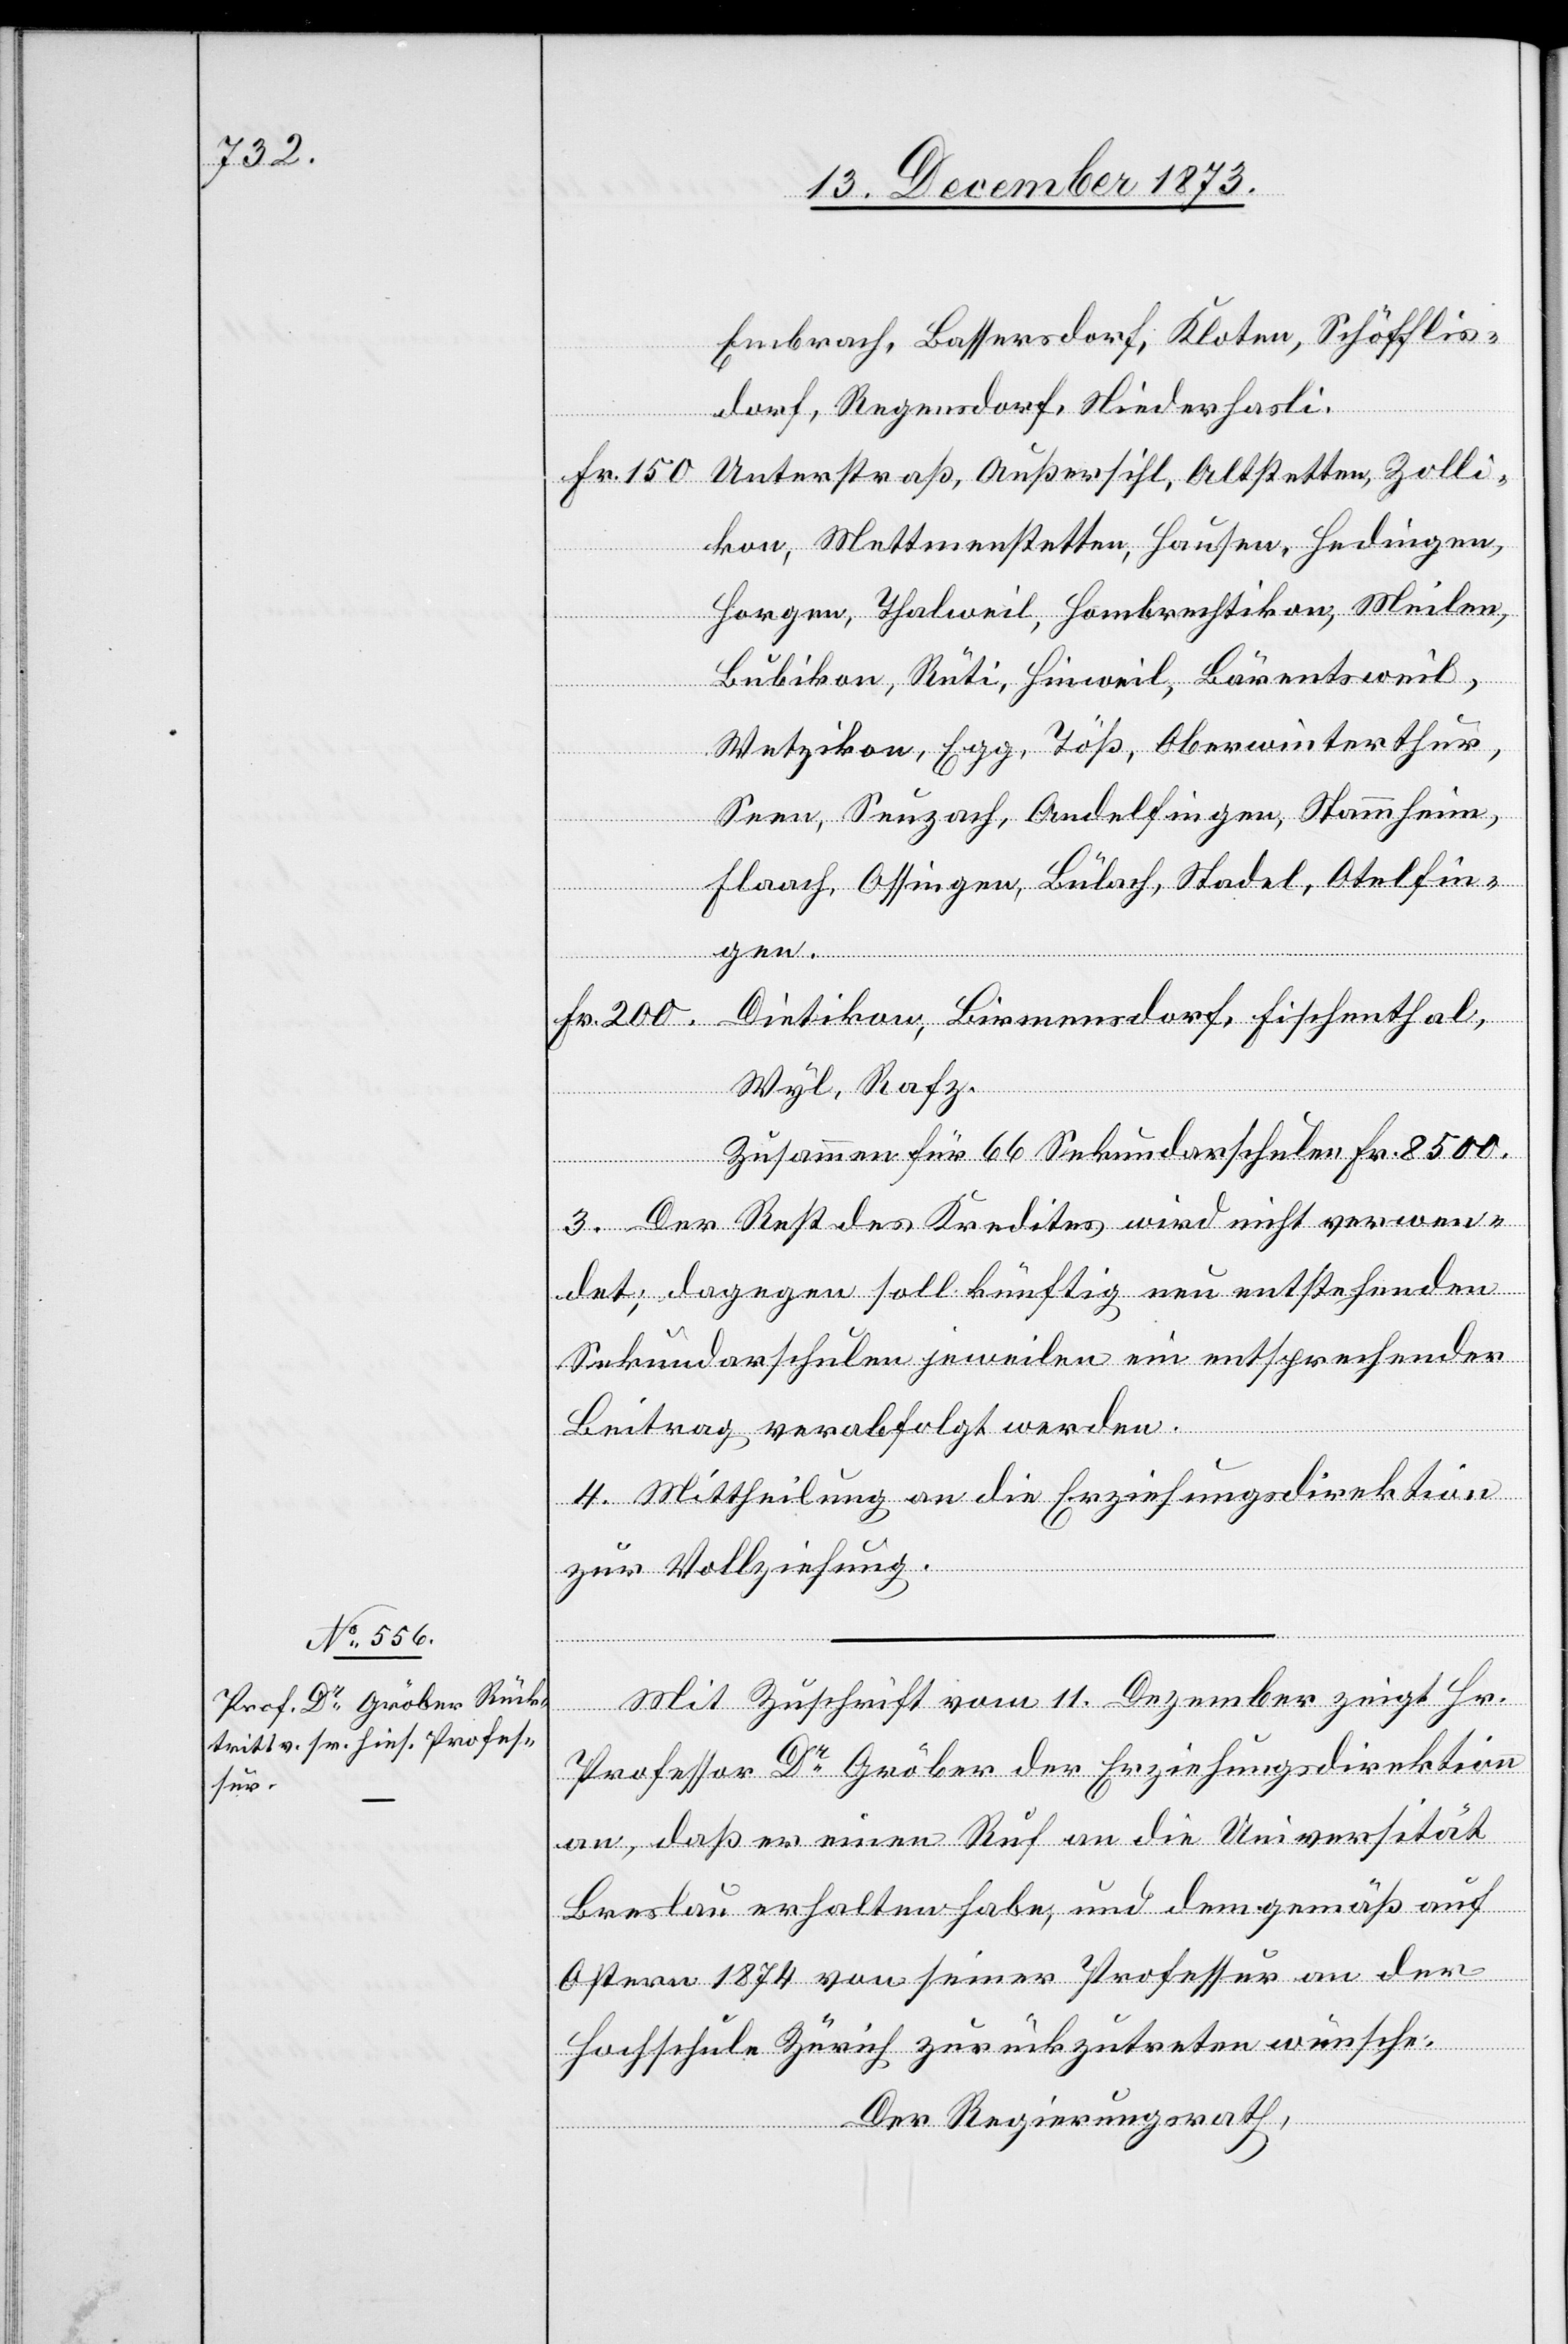
Embrach, Bassersdorf, Kloten, Schöfflis¬
dorf, Regensdorf, Niederhasli.
Unterstraß, Außersihl, Altstetten, Zolli¬
Fr. 200
kon, Mettmenstetten, Hausen, Hedingen,
Horgen, Thalweil, Hombrechtikon, Meilen,
Bubikon, Rüti, Hinweil, Bärentsweil,
Wetzikon, Egg, Töß, Oberwinterthur,
Seen, Seuzach, Andelfingen, Stammheim,
Flaach, Ossingen, Bülach, Stadel, Otelfin¬
Fischenthal,
men¬
Wyl, Rafz.
Zusammen für 66 Sekundarschulen Fr. 8 500.
3. Der Rest des Kredites wird nicht verwen¬
det; dagegen soll künftig neu entstehenden
Sekundarschulen jeweilen ein entsprechender
Beitrag verabfolgt werden.
4. Mittheilung an die Erziehungsdirektion
zur Vollziehung.
Mit Zuschrift vom 11. Dezember zeigt Hr.
Professor Dr Gröber der Erziehungsdirektion
an, daß er einen Ruf an die Universität
Breslau erhalten habe, und demgemäß auf
sdorf,
Ostern 1874 von seiner Professur an der
Hochschule Zürich zurückzutreten wünsche.
Der Regierungsrath,